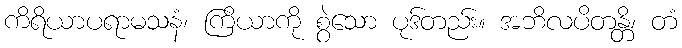
ကိရိယာပရာမသနံ၊ ကြိယာကို စွဲသော ပုဒ်တည်း။ အဘိလပိတန္တိ၊ တံ